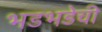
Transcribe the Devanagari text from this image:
भडभडेची